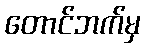
တောင်ဘက်မှ